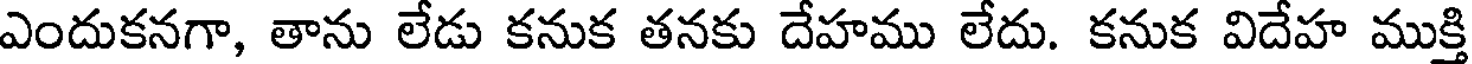
ఎందుకనగా, తాను లేడు కనుక తనకు దేహము లేదు. కనుక విదేహ ముక్తి